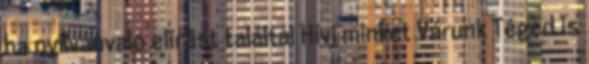
ha nyilvánvaló elírást találtál Hívj minket Várunk Téged is